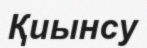
Қиынсу